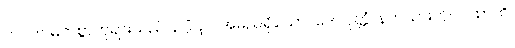
ဘဂဝါ၊ မြတ်စွာဘုရားသည်။ ဥဂ္ဂံ၊ ဥဂ္ဂအမည်ရှိသော။ ဒေဝပုတ္တံ၊ နတ်သားကို။ ဂါထာဟိ၊